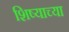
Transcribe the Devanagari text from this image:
शिष्याच्या